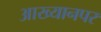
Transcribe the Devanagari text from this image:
आख्यानपर